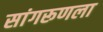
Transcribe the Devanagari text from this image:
सांगरूणला